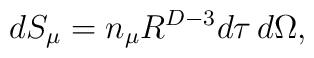
dS_{\mu}=n_{\mu} R^{D-3} d\tau\, d\Omega,